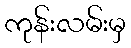
ကုန်းလမ်းမှ